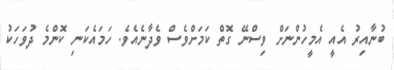
ބުނާއިރު އެއީ އެމީހުންނަށް ވިސްނޭ ގޮތް ކަމަށްވެސް ވެދާނެއެވެ. ހަމައެކަނި ކޮންމެ ދުވަހަކު